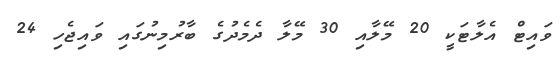
ވައިޓް އެލާޓަކީ 20 މޭލާއި 30 މޭލާ ދެމެދުގެ ބާރުމިނުގައި ވައިޖެހި 24